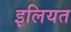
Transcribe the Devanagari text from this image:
इलियत